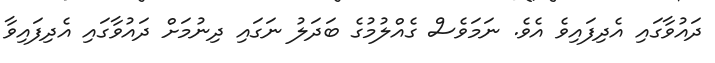
ދައުވާގައި އެދިފައިވެ އެވެ. ނަމަވެސް ގެއްލުމުގެ ބަދަލު ނަގައި ދިނުމަށް ދައުވާގައި އެދިފައިވާ